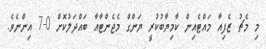
މި މެޗު ޒެފިއާ މައްޓެއިން ކާމިޔާބުކުރީ ޔަންގް މެޖެންޓާއާ ބައްދަލުކޮށް 0-7 އިންނެވެ.